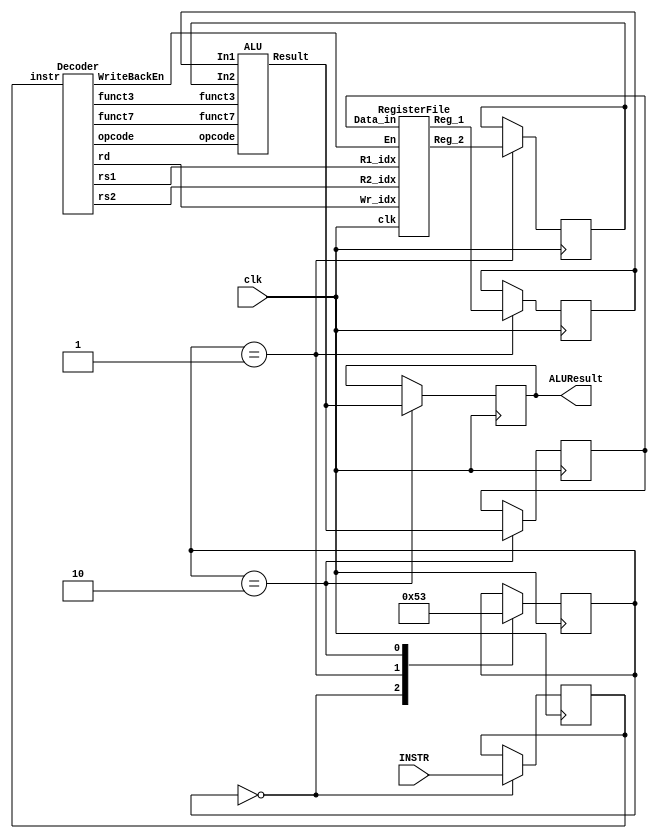
`timescale 1ns / 1ps
//////////////////////////////////////////////////////////////////////////////////
// Company:
// Engineer:
//
// Design Name:
// Module Name: ALU
// Project Name:
// Target Devices:
// Tool Versions:
// Description:
//
// Dependencies:
//
// Revision:
// Revision 0.01 - File Created
// Additional Comments:
//
//////////////////////////////////////////////////////////////////////////////////
module incore(
        input clk,
        //input reset,
        //input wire [31:0] indata,
        //output reg [31:0] outdata,
        //output reg [31:0] outmemaddr,
       // output reg mem_wr,        
       // output reg mem_rd,
        input [31:0] INSTR,
       output reg [31:0] ALUResult
    );
   
    reg [31:0] PC;
    reg [31:0] instr  ;
   
    wire [4:0] rd;
    wire [4:0] rs1;
    wire [4:0] rs2;
    wire [2:0] funct3;
    wire [6:0] funct7;
    wire [6:0] opcode;
    wire WriteBackEn;
       
    Decoder MyDecoder(
                 .instr(instr),
                 .rd(rd),
                 .WriteBackEn(WriteBackEn),
                 .rs1(rs1),
                 .rs2(rs2),
                 .funct3(funct3),
                 .funct7(funct7),
                 .opcode(opcode)
                 );
                 
    //// Register File ////
    reg [31:0] Data_in ;
    wire [31:0] Regdata1;
    wire [31:0] Regdata2;
   
     RegisterFile MyRegFile(
                 .clk(clk),
                 .Data_in(Data_in),
                 .Wr_idx(rd),
                 .En(WriteBackEn),
                 .R1_idx(rs1),
                 .R2_idx(rs2),
                 .Reg_1(Regdata1),
                 .Reg_2(Regdata2)
                 );
                 
    //// ALU ////
   
   // reg [31:0] ALUin1;
   wire [31:0] aluout;
    reg [31:0] aluIn1;
    reg [31:0] aluIn2;
    ALU MyALU(
             .In1(aluIn1),
             .In2(aluIn2),
             .opcode(opcode),
             .funct3(funct3),
             .funct7(funct7),
             .Result(aluout)
              );
             
           
        //// State Machine ////
       reg [2:0] state = 3'b000;
       parameter s0=3'b000, s1=3'b001, s2=3'b010, s3=3'b011 ;
       
    always @(posedge clk)
    begin
        case(state)
        s0    :      begin
                     instr <= INSTR;
                     #5;
                     state <= s1;
                     end
       s1     :      begin
                     aluIn1 <= Regdata1;
                aluIn2 <= Regdata2;
                #5;
                     state <= s2;
                     end
       s2     :      begin
                     ALUResult <= aluout;
                     Data_in <= aluout;
                     #5;
                     state <= s3;
                     end
         endcase
         end                                                                    
endmodule
module ALU(
    input [31:0] In1,
    input [31:0] In2,
    input [6:0] opcode,
    input [2:0] funct3,
    input [6:0] funct7,
    output reg [31:0] Result
    );
   
    `define add   17'b00000000000110011
    `define sub   17'b01000000000110011
    `define sll   17'b00000000010110011
    `define slt   17'b00000000100110011
    `define sltu  17'b00000000110110011
    `define xor   17'b00000001000110011
    `define srl   17'b00000001010110011
    `define sra   17'b01000001010110011
    `define or    17'b00000001100110011
    `define and   17'b00000001110110011
   
        always@(*)
  begin
   case({funct7,funct3,opcode})
   //// add Instruction ////
   `add : begin
           Result = In1 + In2;
          end
   `sub : begin
           Result = In1 - In2;
          end
   `sll : begin
           Result = In1 << In2;
          end
   `slt : begin
           Result = (In1 < In2) ? 1 : 0;
          end
   `sltu : begin
           Result = (In1 < In2) ? 1 : 0;
          end
   `xor : begin
           Result = In1 ^ In2;
          end
    `srl : begin
           Result = In1 >> In2;
          end
    `sra : begin
           Result = In1 >> In2;
          end
    `or : begin
           Result = In1 | In2;
          end
    `and : begin
           Result = In1 & In2;
           end                                          
   endcase
  end
     
   
endmodule
module Decoder(
    input [31:0] instr,
    output wire [4:0]  rd,
    output wire [4:0]  rs1,
    output wire [4:0]  rs2,
    output wire [2:0] funct3,
    output wire [6:0] funct7,
    output wire [6:0] opcode,
    output wire WriteBackEn
    );
    // Decoding //
    assign opcode = instr[6:0];
    assign rd     = instr[11:7];
    assign funct3 = instr[14:12];
    assign rs1    = instr[19:15];
    assign rs2    = instr[24:20];
    assign funct7 = instr[31:25];
   
   
endmodule
module Memory(
    input clk,
    input [31:0] PC,
    input rd,
    input wr,
    input [31:0] inputdata,
    output reg [31:0] outputdata
   
    );
    reg [31:0] memory [15:0];
   
    always@(posedge clk) begin
        if (wr) begin
            memory[PC] <= inputdata;
        end      
        if (rd) begin
            outputdata <= memory[PC];
        end
    end
   
endmodule

module RegisterFile(
    input clk,
    input [31:0] Data_in,
    input [4:0] Wr_idx,
    input En,
    input [4:0] R1_idx,
    input [4:0] R2_idx,
    output [31:0] Reg_1,
    output [31:0] Reg_2    
    );
    reg [31:0] GPR [15:0];
    // integer i;
    initial
    begin
     GPR[1] = 32'd1;
     GPR[2] = 32'd2;
     GPR[3] = 32'd3;
     end
   
    assign Reg_1 = GPR[R1_idx];
    assign Reg_2 = GPR[R2_idx];
    //assign GPR[Wr_idx] <= Data_in;
    always @(negedge clk)
    begin
     GPR[Wr_idx] <= Data_in;
    end
endmodule